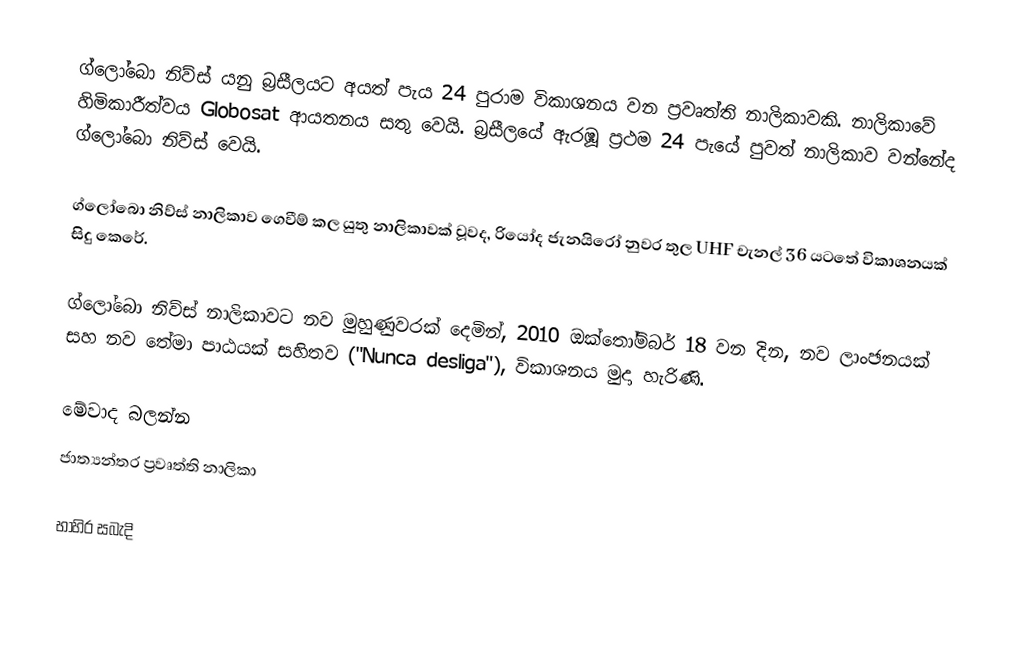
ග්ලෝබො නිව්ස් යනු බ්‍රසීලයට අයත් පැය 24 පුරාම විකාශනය වන ප්‍රවෘත්ති නාලිකාවකි. නාලිකාවේ හිමිකාරීත්වය Globosat ආයතනය සතු වෙයි. බ්‍රසීලයේ ඇරඹූ ප්‍රථම 24 පැයේ පුවත් නාලිකාව වන්නේද ග්ලෝබො නිව්ස් වෙයි.

ග්ලෝබො නිව්ස් නාලිකාව ගෙවීම් කල යුතු නාලිකාවක් වූවද, රියෝද ජැනයිරෝ නුවර තුල UHF චැනල් 36 යටතේ විකාශනයක් සිදු කෙරේ.

ග්ලෝබො නිව්ස් නාලිකාවට නව මුහුණුවරක් දෙමින්, 2010 ඔක්තෝම්බර් 18 වන දින, නව ලාංඡනයක් සහ නව තේමා පාඨයක් සහිතව ("Nunca desliga"), විකාශනය මුදා හැරිණි.

මේවාද බලන්න
 ජාත්‍යන්තර ප්‍රවෘත්ති නාලිකා

භාහිර සබැදි